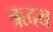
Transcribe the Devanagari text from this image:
ऋदय